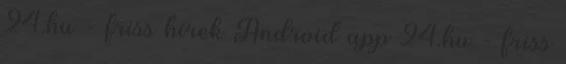
24.hu - friss hírek Android app 24.hu - friss